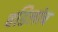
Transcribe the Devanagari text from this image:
वडिलांच